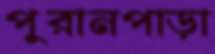
পুরানপাড়া